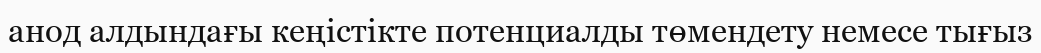
анод алдындағы кеңістікте потенциалды төмендету немесе тығыз